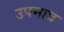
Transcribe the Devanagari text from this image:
उपमात्र